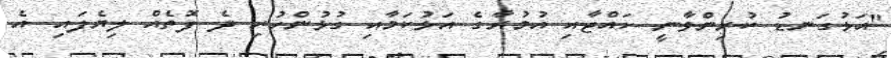
"އަޅުގަނޑު ކުރިންވާނީ ހައްޖާއި އުމުރާގެ އަޅުކަމާއި ގުޅުންހުރި ދެ ފޮތެއް ލިޔެފައި. އެ